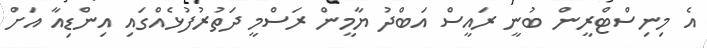
އެ މިނިސްޓްރީން ބުނީ ރައީސް އަބްދު ޔާމީން ރަސްމީ ދަތުރުފުޅެއްގައި އިންޑިއާ އަށް